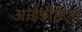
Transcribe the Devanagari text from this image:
आईडीईएन